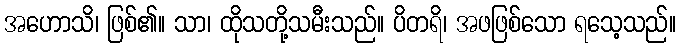
အဟောသိ၊ ဖြစ်၏။ သာ၊ ထိုသတို့သမီးသည်။ ပိတရိ၊ အဖဖြစ်သော ရသေ့သည်။